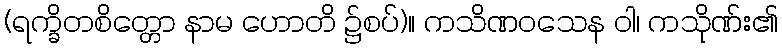
(ရက္ခိတစိတ္တော နာမ ဟောတိ ၌စပ်)။ ကသိဏဝသေန ဝါ၊ ကသိုဏ်း၏